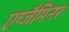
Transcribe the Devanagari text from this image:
एग्जैमिनर